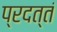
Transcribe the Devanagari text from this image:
प्रदत्तं